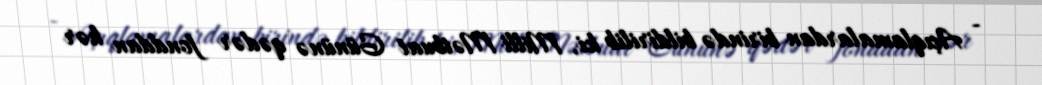
- Açıqlamalardan birində bildirilib ki, Milli Mətbuat Gününə qədər fonddan hər